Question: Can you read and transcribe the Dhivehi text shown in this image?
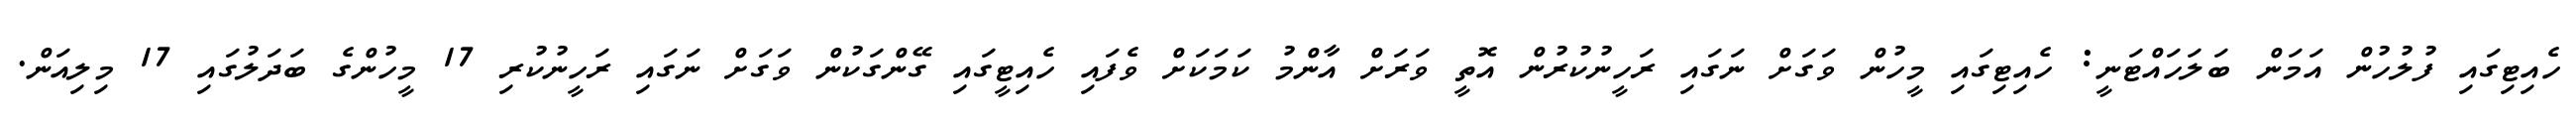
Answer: ހެއިޓިގައި ފުލުހުން އަމަން ބަލަހައްޓަނީ: ހެއިޓިގައި މީހުން ވަގަށް ނަގައި ރަހީނުކުރުން އޮތީ ވަރަށް އާންމު ކަމަކަށް ވެފައި ހެއިޓީގައި ގޭންގަކުން ވަގަށް ނަގައި ރަހީނުކުރި 17 މީހުންގެ ބަދަލުގައި 17 މިލިއަން.